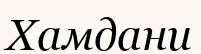
Хамдани